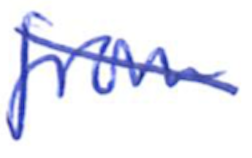
Text: from
Cross-out: diagonal
Writing tool: ballpoint